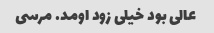
عالی بود خیلی زود اومد. مرسی